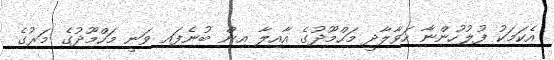
އެކަމަކު ފުލުހުންނާ ހަވާލާދީ މަހްމޫދުގެ އާއިލާ އިން ބުނެފައި ވަނީ މަހްމޫދުގެ މަރުގެ